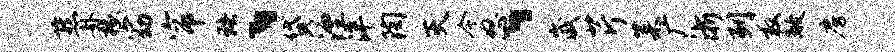
燕卦椽窈帘珞、贷湮泮陶灭今怒、崴芹菜广浙列救敞房